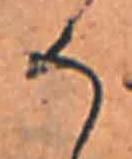
そ